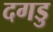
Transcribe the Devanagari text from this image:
दगडु